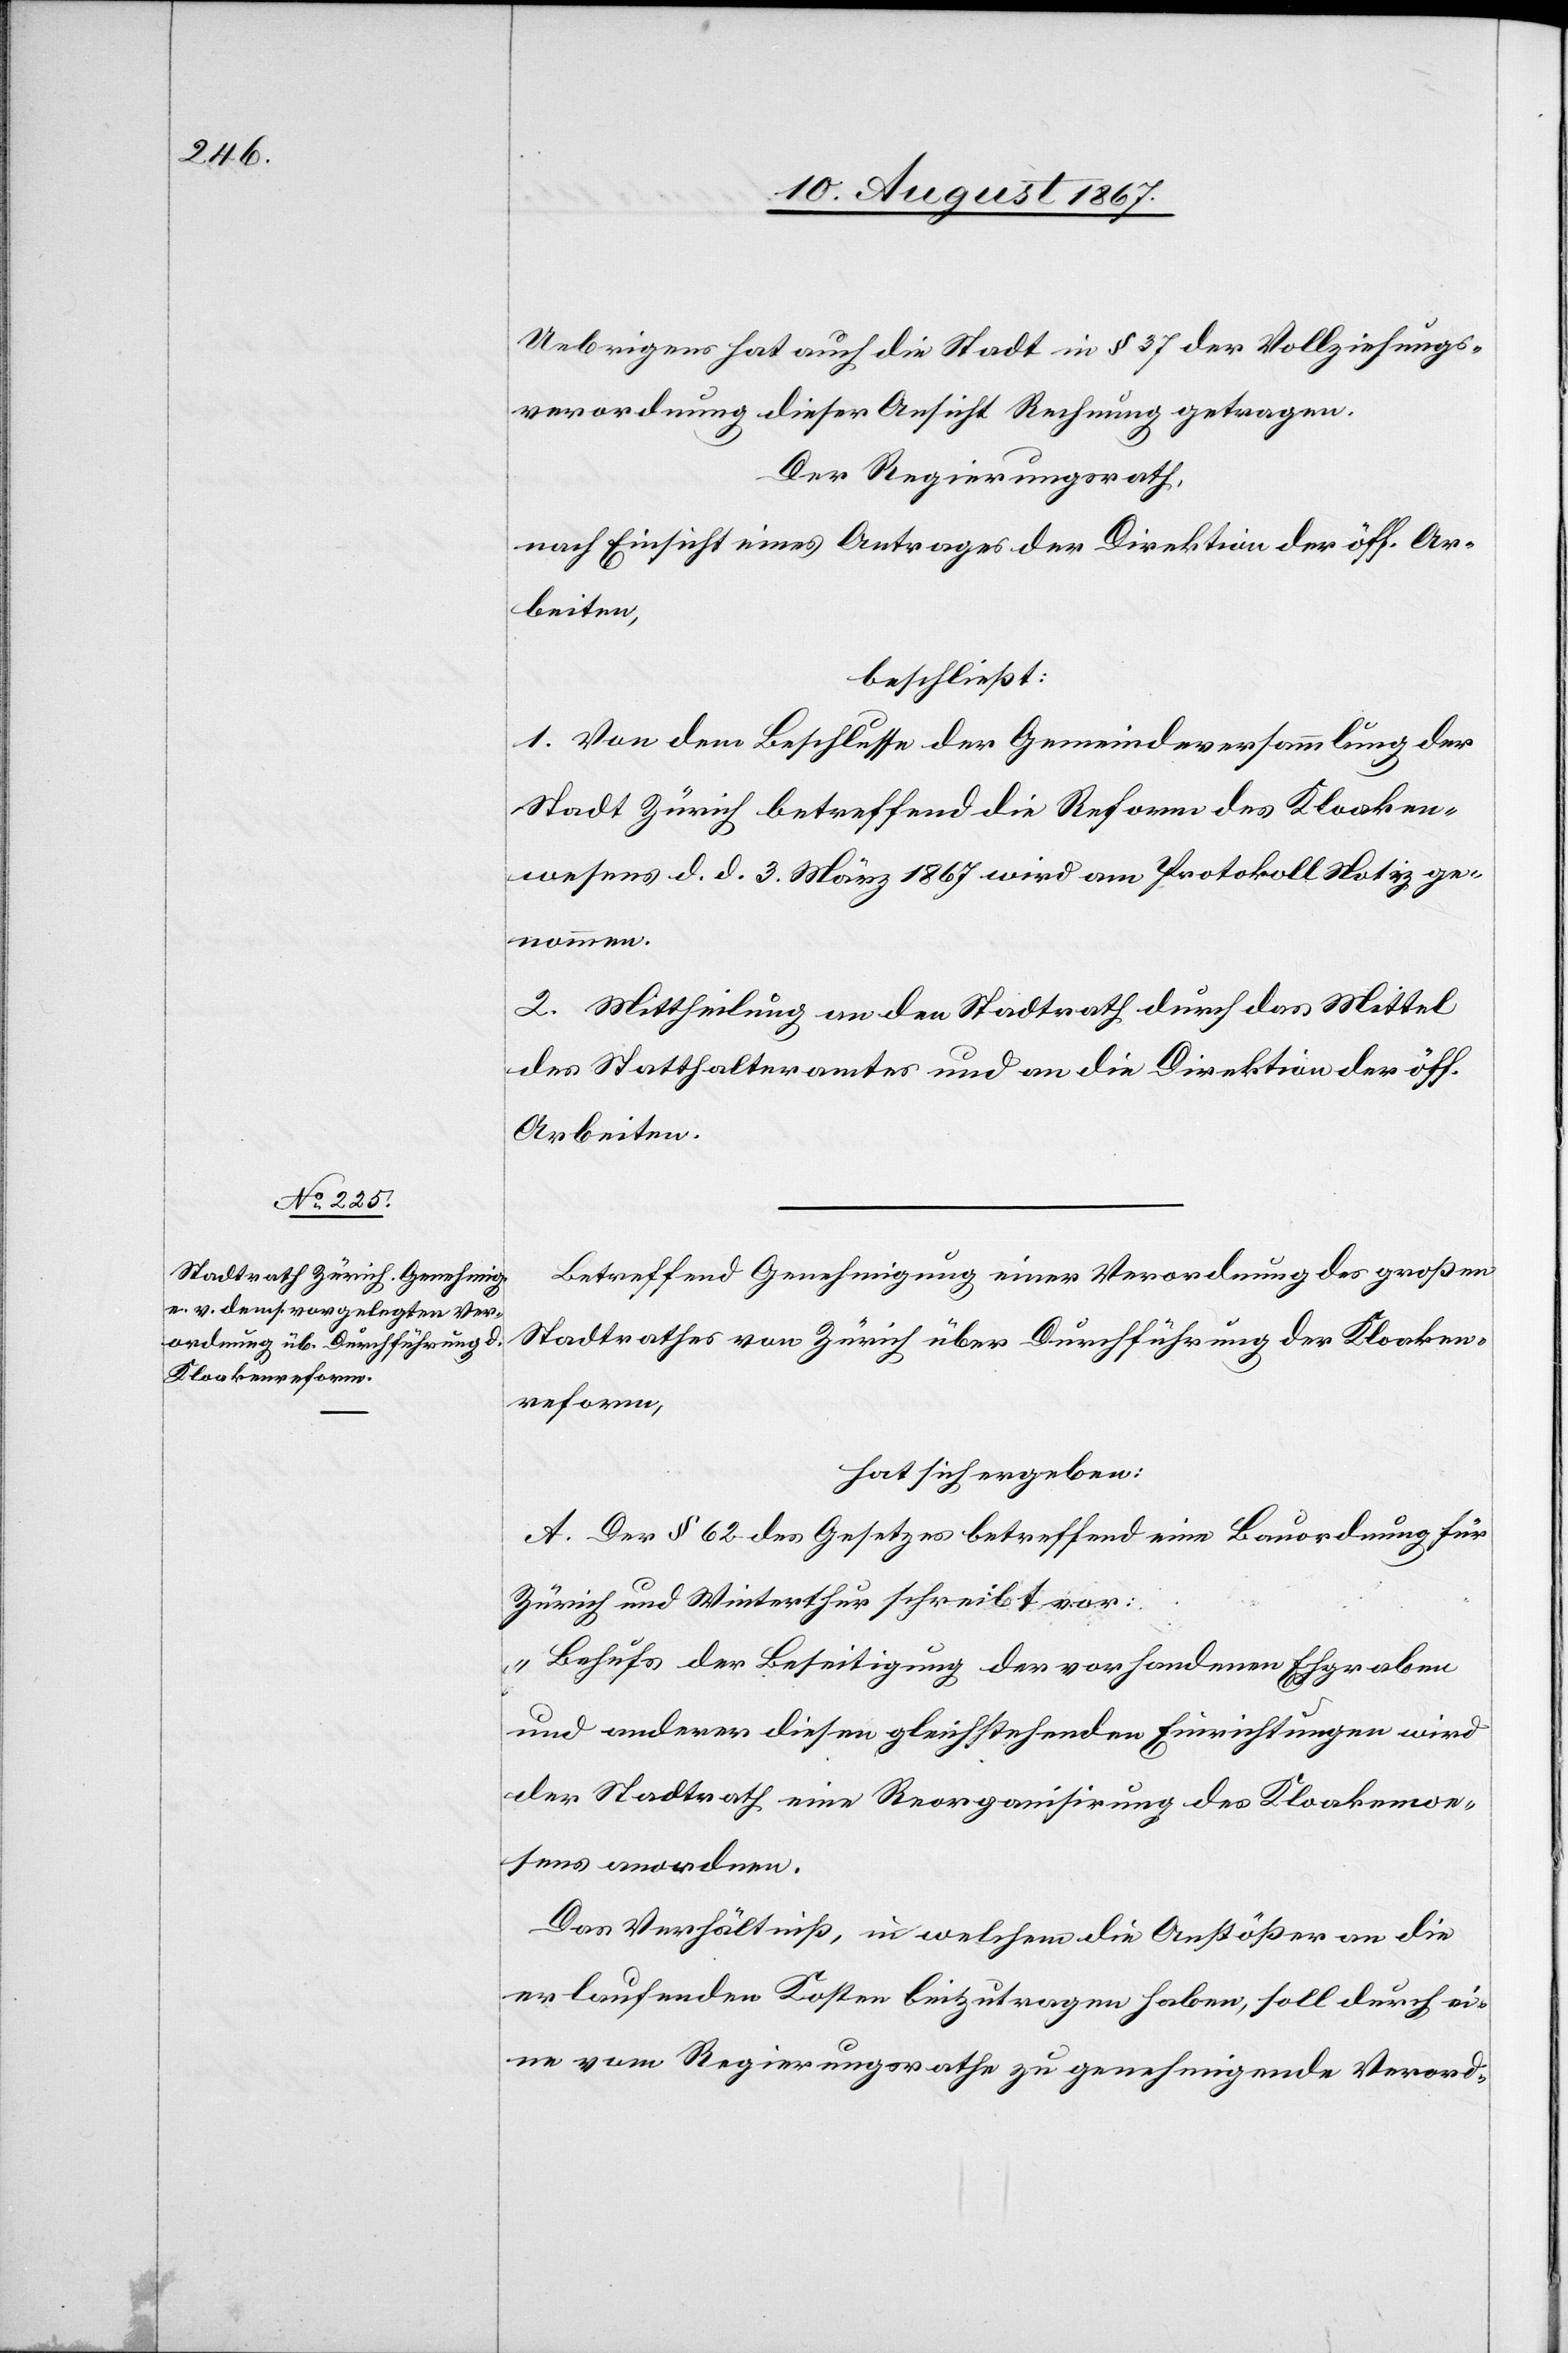
Uebrigens hat auch die Stadt in § 37 der Vollziehungs¬
verordnung dieser Ansicht Rechnung getragen.
Der Regierungsrath,
nach Einsicht eines Antrages der Direktion der öff. Ar¬
beiten;
beschließt:
1. von dem Beschlusse der Gemeindeversammlung der
Stadt Zürich betreffend die Reform des Kloaken¬
wesen d. d. 3. März 1867 wird am Protokoll Notiz ge¬
nommen.
2. Mittheilung an den Stadtrath durch das Mittel
des Statthalteramtes und an die Direktion der öff.
Arbeiten.
Betreffend Genehmigung einer Verordnung des großen
Stadtrathes von Zürich über Durchführung der Kloaken¬
reform,
hat sich ergeben:
A. Der § 62 des Gesetzes betreffend eine Bauordnung für
Zürich und Winterthur schreibt vor:
„Behufs der Beseitigung der vorhandenen Ehgraben
und anderer diesen gleichstehenden Einrichtungen wird
der Stadtrath eine Reorganisation des Kloakenwe¬
sens anordnen.
Das Verhältniß, in welchem die Anstößer an die
erlaufenden Kosten beizutragen haben, soll durch ei¬
ne vom Regierungsrathe zu genehmigende Verord-